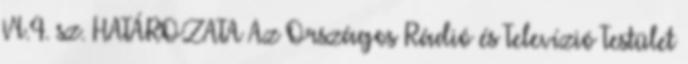
VI.4. sz. HATÁROZATA Az Országos Rádió és Televízió Testület